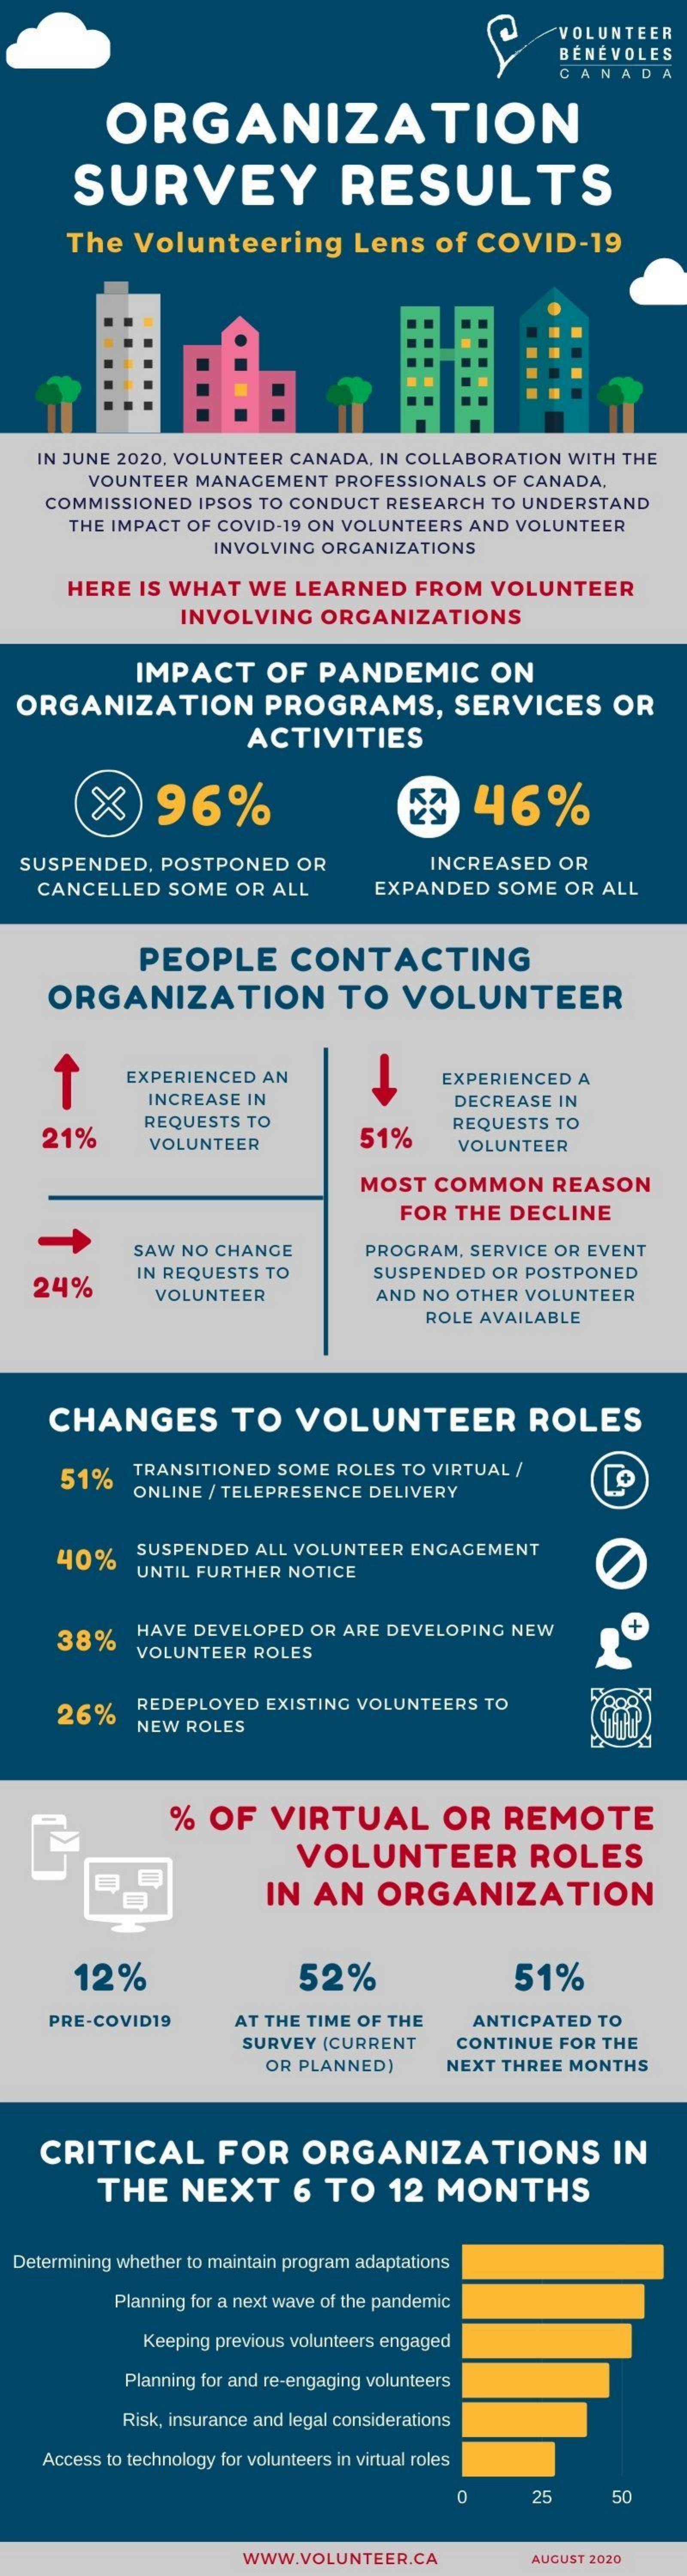
VOLUNTEER
     BÉNÉVOLES
     CANADA
     ORGANIZATION
     SURVEY    RESULTS
     The  Volunteering    Lens  of  COVID-19
   IN JUNE 2020, VOLUNTEER CANADA, IN COLLABORATION WITH THE
     VOUNTEER MANAGEMENT PROFESSIONALS OF CANADA,
    COMMISSIONED IPSOS TO CONDUCT RESEARCH TO UNDERSTAND
     THE IMPACT OF COVID-19 ON VOLUNTEERS AND VOLUNTEER
     INVOLVING ORGANIZATIONS
     HERE IS WHAT  WE LEARNED   FROM  VOLUNTEER
     INVOLVING  ORGANIZATIONS
     IMPACT    OF  PANDEMIC    ON
  ORGANIZATION    PROGRAMS,    SERVICES    OR
     ACTIVITIES
     x    96%    46%
  SUSPENDED, POSTPONED  OR    INCREASED OR
   CANCELLED SOME  OR ALL    EXPANDED  SOME OR ALL
     PEOPLE    CONTACTING
    ORGANIZATION    TO   VOLUNTEER
     EXPERIENCED AN    EXPERIENCED A
     INCREASE IN    DECREASE IN
    21%
     REQUESTS TO
     VOLUNTEER    51%
     REQUESTS TO
     VOLUNTEER
     MOST COMMON    REASON
     FOR THE DECLINE
     SAW NO CHANGE    PROGRAM, SERVICE OR EVENT
   24%
     IN REQUESTS TO    SUSPENDED OR POSTPONED
     VOLUNTEER    AND NO OTHER VOLUNTEER
     ROLE AVAILABLE
    CHANGES    TO  VOLUNTEER    ROLES
     51%   TRANSITIONED SOME ROLES TO VIRTUAL /
     ONLINE / TELEPRESENCE DELIVERY
     40%   SUSPENDED ALL VOLUNTEER ENGAGEMENT
     UNTIL FURTHER NOTICE
     38%   HAVE DEVELOPED OR ARE DEVELOPING NEW
     VOLUNTEER ROLES
     26%   REDEPLOYED EXISTING VOLUNTEERS TO
     NEW ROLES
     % OF   VIRTUAL    OR   REMOTE
     VOLUNTEER    ROLES
     IN  AN   ORGANIZATION
     12%    52%    51%
    PRE-COVID19    AT THE TIME OF THE ANTICPATED TO
     SURVEY (CURRENT  CONTINUE FOR THE
     OR PLANNED)    NEXT THREE MONTHS
    CRITICAL    FOR    ORGANIZATIONS    IN
     THE   NEXT    6  TO   12 MONTHS
  Determining whether to maintain program adaptations
     Planning for a next wave of the pandemic
     Keeping previous volunteers engaged
     Planning for and re-engaging volunteers
     Risk, insurance and legal considerations
    Access to technology for volunteers in virtual roles
     25    50
     WWW.VOLUNTEER.CA    AUGUST 2020